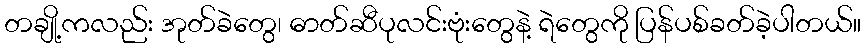
တချို့ကလည်း အုတ်ခဲတွေ၊ ဓာတ်ဆီပုလင်းဗုံးတွေနဲ့ ရဲတွေကို ပြန်ပစ်ခတ်ခဲ့ပါတယ်။